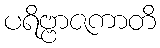
ပရိဗ္ဗာဇကာတိ